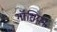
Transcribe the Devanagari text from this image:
गॉसियन